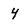
Character: 4